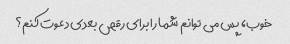
خوب، پس می توانم شما را برای رقص بعدی دعوت کنم؟